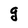
Character: g